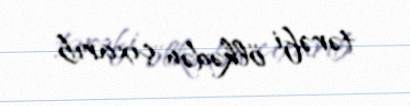
tərəfi ölkədən çıxarıb.